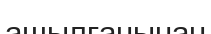
ашылғанынан